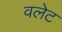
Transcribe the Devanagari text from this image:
वलेट